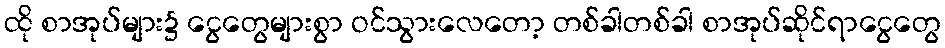
ထို စာအုပ်များ၌ ငွေတွေများစွာ ဝင်သွားလေတော့ တစ်ခါတစ်ခါ စာအုပ်ဆိုင်ရာငွေတွေ